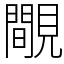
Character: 覸